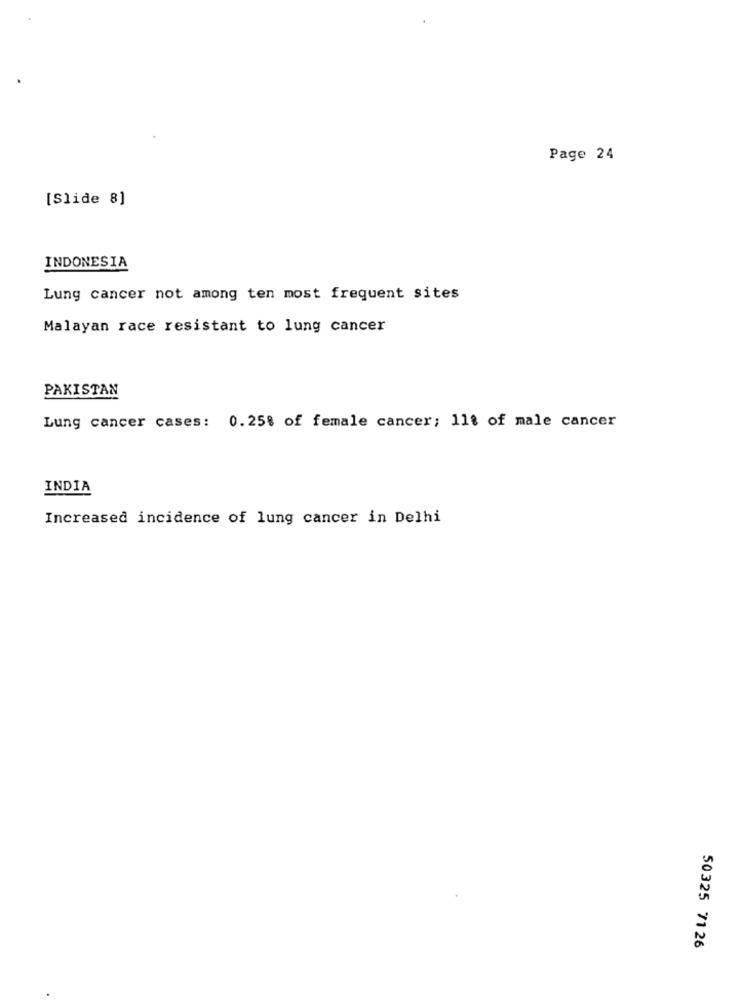
Page 24
[Slide 8]
INDONESIA
Lung cancer not among ten most frequent sites
Malayan race resistant to lung cancer
PAKISTAN
Lung cancer cases: 0.25% of female cancer; 11% of male cancer
INDIA
Increased incidence of lung cancer in Delhi
50325 71 26